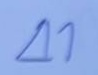
41